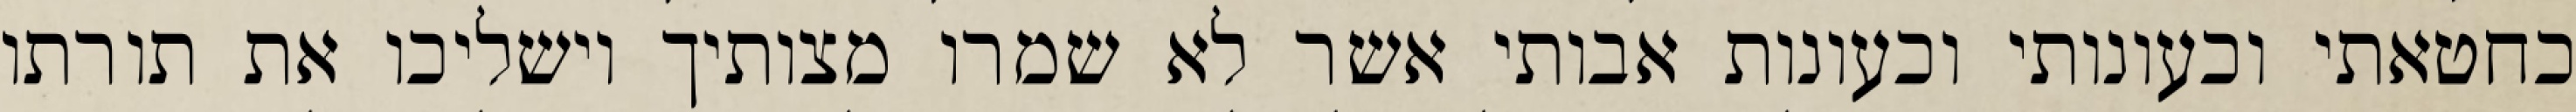
כחטאתי וכעונותי וכעונות אבותי אשר לא שמרו מצותיך וישליכו את תורתו